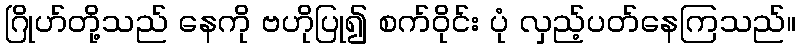
ဂြိုဟ်တို့သည် နေကို ဗဟိုပြု၍ စက်ဝိုင်း ပုံ လှည့်ပတ်နေကြသည်။